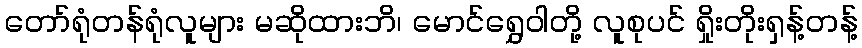
တော်ရုံတန်ရုံလူများ မဆိုထားဘိ၊ မောင်ရွှေဝါတို့ လူစုပင် ရှိုးတိုးရှန့်တန့်